Vaccine operations Central Provinces 1900-1911 - 1900-1911
Year: 1900
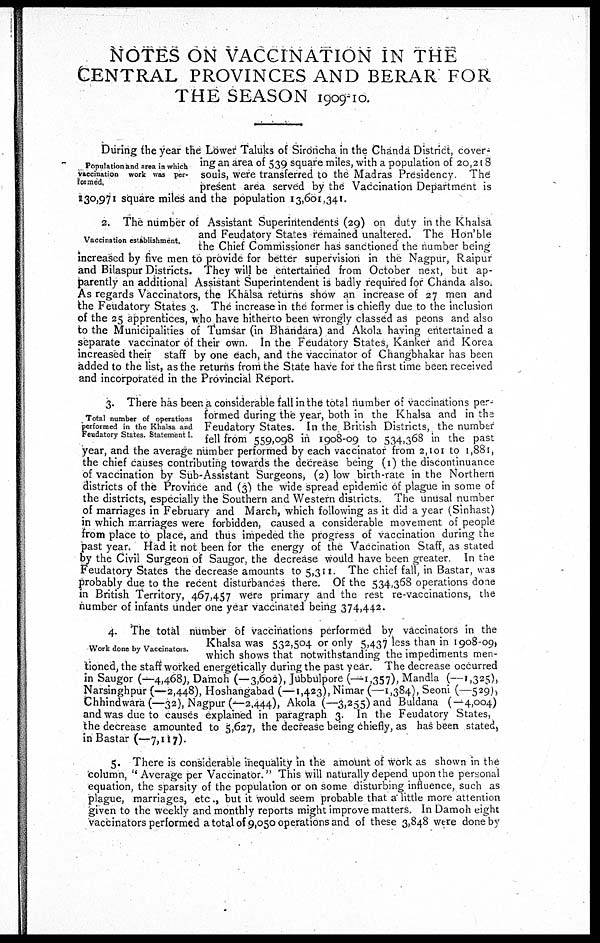
NOTES ON VACCINATION IN THE
CENTRAL PROVINCES AND BERAR FOR
THE SEASON 1909-10.
Population and area in which
vaccination work was per-
formed,
During the year the Lower Taluks of Sironcha in the Chanda District, cover-
ing an area of 539 square miles, with a population of 20,218
souls, were transferred to the Madras Presidency. The
present area served by the Vaccination Department is
130,971 square miles and the population 13,601,341.
Vaccination establishment.
2. The number of Assistant Superintendents (29) on duty in the Khalsa
and Feudatory States remained unaltered. The Hon'ble
the Chief Commissioner has sanctioned the number being
increased by five men to provide for better supervision in the Nagpur, Raipur
and Bilaspur Districts. They will be entertained from October next, but ap-
parently an additional Assistant Superintendent is badly required for Chanda also.
As regards Vaccinators, the Khalsa returns show an increase of 27 men and
the Feudatory States 3. The increase in the former is chiefly due to the inclusion
of the 25 apprentices, who have hitherto been wrongly classed as peons and also
to the Municipalities of Tumsar (in Bhandara) and Akola having entertained a
separate vaccinator of their own. In the Feudatory States, Kanker and Korea
increased their staff by one each, and the vaccinator of Changbhakar has been
added to the list, as the returns from the State have for the first time been received
and incorporated in the Provincial Report.
Total number of operations
performed in the Khalsa and
Feudatory States. Statement I.
3. There has been a considerable fall in the total number of vaccinations per-
formed during the year, both in the Khalsa and in the
Feudatory States. In the. British Districts, the number
fell from 559,098 in 1908-09 to 534,368 in the past
year, and the average number performed by each vaccinator from 2,101 to 1,881,
the chief causes contributing towards the decrease being (1) the discontinuance
of vaccination by Sub-Assistant Surgeons, (2) low birth-rate in the Northern
districts of the Province and (3) the wide spread epidemic of plague in some of
the districts, especially the Southern and Western districts. The unusal number
of marriages in February and March, which following as it did a year (Sinhast)
in which marriages were forbidden, caused a considerable movement of people
from place to place, and thus impeded the progress of vaccination during the
past year. Had it not been for the energy of the Vaccination Staff, as stated
by the Civil Surgeon of Saugor, the decrease would have been greater. In the
Feudatory States the decrease amounts to 5,311. The chief fall, in Bastar, was
probably due to the recent disturbances there. Of the 534,368 operations done
in British Territory, 467,457 were primary and the rest re-vaccinations, the
number of infants under one year vaccinated being 374,442.
Work done by Vaccinators.
4. The total number of vaccinations performed by vaccinators in the
Khalsa was 532,504 or only 5,437 less than in 1908-09,
which shows that notwithstanding the impediments men-
tioned, the staff worked energetically during the past year. The decrease occurred
in Saugor (—4,468), Damoh (—3,602), Jubbulpore (—1,357), Mandla (—1,325),
Narsinghpur (—2,448), Hoshangabad (—1,423), Nimar (—1,384), Seoni (—529),
Chhindwara(—32), Nagpur (—2,444), Akola (—3,255) and Buldana (—4,004)
and was due to causes explained in paragraph 3. In the Feudatory States,
the decrease amounted to 5,627, the decrease being chiefly, as has been stated,
in Bastar (—7,117).
5. There is considerable inequality in the amount of work as shown in the
column, " Average per Vaccinator." This will naturally depend upon the personal
equation, the sparsity of the population or on some disturbing influence, such as
plague, marriages, etc., but it would seem probable that a little more attention
given to the weekly and monthly reports might improve matters. In Damoh eight
vaccinators performed a total of 9,050 operations and of these 3,848 were done by